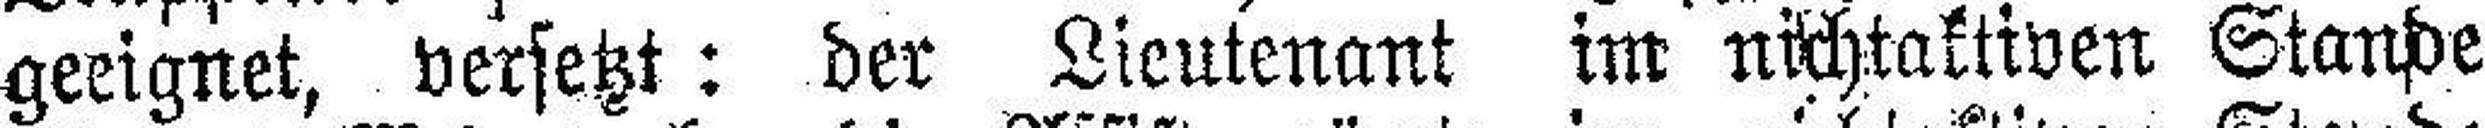
geeignet, versetzt: der Lieutenant im nichtaktiven Stande